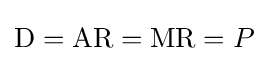
{\text{D}}={\text{AR}}={\text{MR}}=P